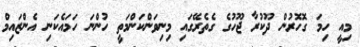
މިއީ ހިމަ ގޮހޮރުން ދޫކުރާ ޖޫހުގެ ގެތެރޭގައި މިނިވަންކަންމަތީ ހުންނަ ހަމައެކަނި އެންޒައިމް